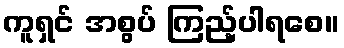
ကူရှင် အစွပ် ကြည့်ပါရစေ။